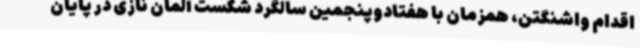
اقدام واشنگتن، همزمان با هفتادوپنجمین سالگرد شکست آلمان نازی در پایان